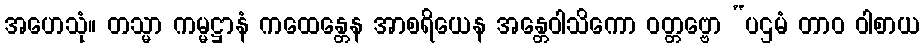
အဟေသုံ။ တသ္မာ ကမ္မဋ္ဌာနံ ကထေန္တေန အာစရိယေန အန္တေဝါသိကော ဝတ္တဗ္ဗော “ပဌမံ တာဝ ဝါစာယ